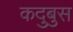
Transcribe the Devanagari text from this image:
कदुबुस